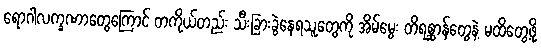
ရောဂါလက္ခဏာတွေကြောင် တကိုယ်တည်း သီးခြားခွဲနေရသူတွေကို အိမ်မွေး တိရစ္ဆာန်တွေနဲ့ မထိတွေ့ဖို့